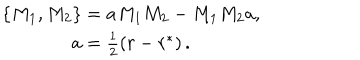
\begin{array} { c } { { \left\{ M _ { 1 } , M _ { 2 } \right\} = a M _ { 1 } M _ { 2 } - M _ { 1 } M _ { 2 } a , } } \\ { { a = \frac 1 2 \left( r - r ^ { * } \right) . } } \\ \end{array}